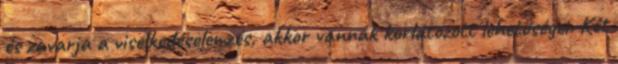
és zavarja a viselkedéselemzés, akkor vannak korlátozott lehetőségei. Két